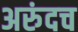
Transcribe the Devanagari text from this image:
अरुंदच